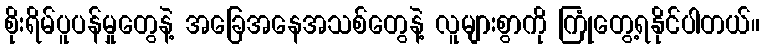
စိုးရိမ်ပူပန်မှုတွေနဲ့ အခြေအနေအသစ်တွေနဲ့ လူများစွာကို ကြုံတွေ့ရနိုင်ပါတယ်။